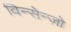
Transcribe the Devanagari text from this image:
विन्सेन्ज़ो